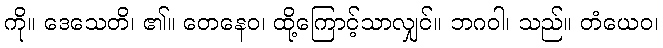
ကို။ ဒေသေတိ၊ ၏။ တေနေဝ၊ ထို့ကြောင့်သာလျှင်။ ဘဂဝါ၊ သည်။ တံယေဝ၊